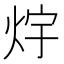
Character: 𭴟